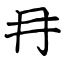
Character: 冄